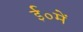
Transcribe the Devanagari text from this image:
ई०में